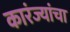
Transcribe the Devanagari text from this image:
कारंज्यांचा